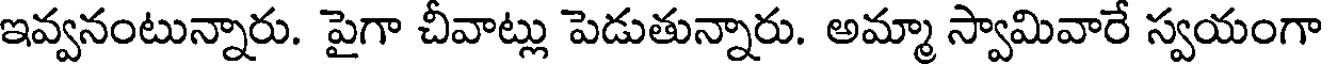
ఇవ్వనంటున్నారు. పైగా చీవాట్లు పెడుతున్నారు. అమ్మా స్వామివారే స్వయంగా